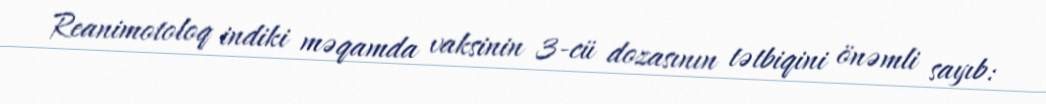
Reanimotoloq indiki məqamda vaksinin 3-cü dozasının tətbiqini önəmli sayıb: